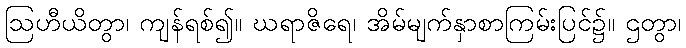
ဩဟီယိတွာ၊ ကျန်ရစ်၍။ ဃရာဇိရေ၊ အိမ်မျက်နှာစာကြမ်းပြင်၌။ ဌတွာ၊